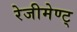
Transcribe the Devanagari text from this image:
रेजीमेण्ट्